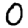
Digit: 0